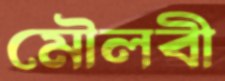
মৌলবী